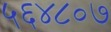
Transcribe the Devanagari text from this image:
५६४८०७